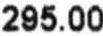
295.00